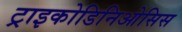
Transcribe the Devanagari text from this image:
ट्राइकोडिनिओसिस